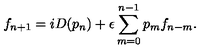
f _ { n + 1 } = i D ( p _ { n } ) + \epsilon \sum _ { m = 0 } ^ { n - 1 } p _ { m } f _ { n - m } .